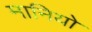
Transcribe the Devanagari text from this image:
मानियो